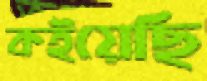
কইয়েছি